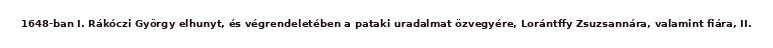
1648-ban I. Rákóczi György elhunyt, és végrendeletében a pataki uradalmat özvegyére, Lorántffy Zsuzsannára, valamint fiára, II.